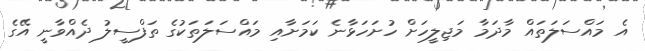
އެ މައްސަލަތައް މާދަމާ މަޖިލީހަށް ހުށަހަޅާނެ ކަމަށާއި މައްސަލަތަކުގެ ތަފްސީލު ދެއްވާނީ އޭގެ